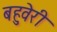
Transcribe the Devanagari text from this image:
बहुवेरी